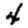
Digit: 4